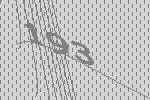
193